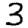
Digit: 3